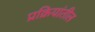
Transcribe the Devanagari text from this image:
प्रक्रियांतील